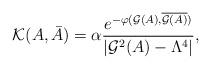
LaTeX: \begin{align*}{\cal K}(A,\bar A)=\alpha{e^{-\varphi({\cal G}(A),\overline{{\cal G}(A)})}\over |{\cal G}^2(A) - \Lambda^4|}, \end{align*}